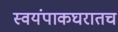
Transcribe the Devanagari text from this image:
स्वयंपाकघरातच